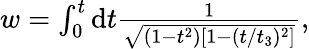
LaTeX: \begin{array}{r}{w=\int_{0}^{t}\mathrm{d}t\frac{1}{\sqrt{(1-t^{2})[1-(t/t_{3})^{2}]}},}\end{array}